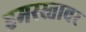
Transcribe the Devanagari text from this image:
हमरस्तावर